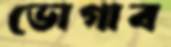
ভোগাব